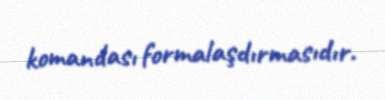
komandası formalaşdırmasıdır.